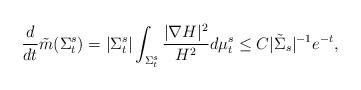
LaTeX: \begin{align*} \frac{d}{dt}\tilde{m}(\Sigma^s_t)=|\Sigma^s_t|\int_{\Sigma^s_t}\frac{|\nabla H|^2}{H^2}d\mu^s_t \leq C|\tilde{\Sigma}_s|^{-1}e^{-t},\end{align*}